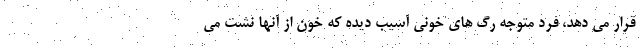
قرار می دهد، فرد متوجه رگ های خونی آسیب دیده که خون از آنها نشت می